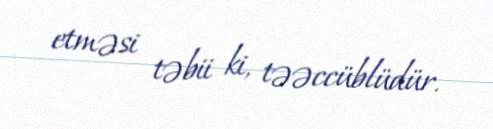
etməsi təbii ki, təəccüblüdür.